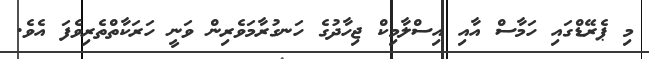
މި ޕެރޭޑްގައި ހަމާސް އާއި އިސްލާމިކް ޖިހާދުގެ ހަނގުރާމަވެރިން ވަނީ ހަރަކާތްތެރިވެފަ އެވެ.